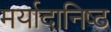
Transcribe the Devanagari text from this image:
मर्यादानिष्ठ